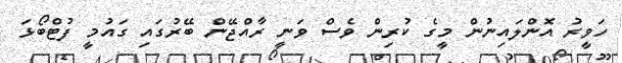
ހަވީރު އޮންލައިނުން މީގެ ކުރިން ވެސް ވަނީ ރާއްޖޭން ބޭރުގައި ގައުމީ ފުޓްބޯޅަ